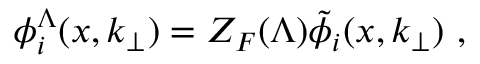
\phi _ { i } ^ { \Lambda } ( x , k _ { \perp } ) = Z _ { F } ( \Lambda ) \tilde { \phi } _ { i } ( x , k _ { \perp } ) \ ,